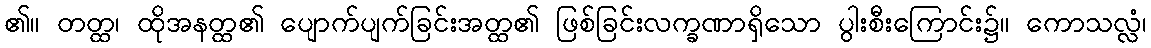
၏။ တတ္ထ၊ ထိုအနတ္ထ၏ ပျောက်ပျက်ခြင်းအတ္ထ၏ ဖြစ်ခြင်းလက္ခဏာရှိသော ပွါးစီးကြောင်း၌။ ကောသလ္လံ၊